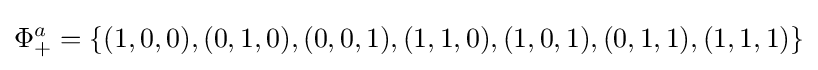
\Phi _{+}^{a}=\{(1,0,0),(0,1,0),(0,0,1),(1,1,0),(1,0,1),(0,1,1),(1,1,1)\}